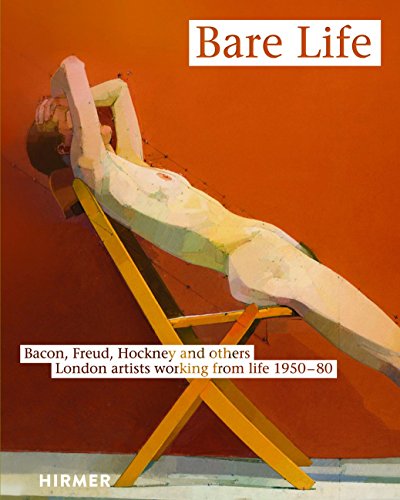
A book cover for Bare Life: From Bacon to Hockney - London Artists Painting from Life, 1950-80; Catherine Lampert; Arts & Photography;